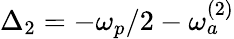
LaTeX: \Delta_{2}=-\omega_{p}/2-\omega_{a}^{(2)}